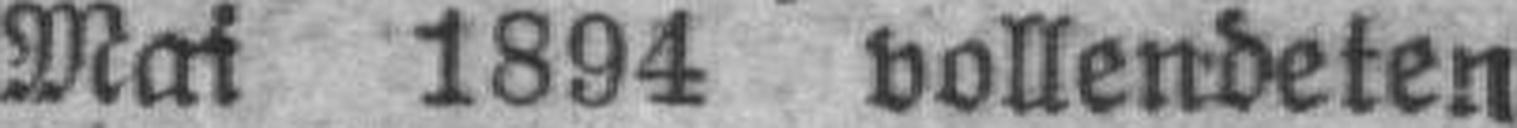
Mai 1894 vollendeten